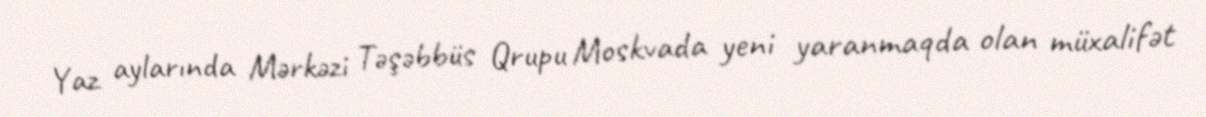
Yaz aylarında Mərkəzi Təşəbbüs Qrupu Moskvada yeni yaranmaqda olan müxalifət